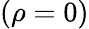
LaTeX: (\rho=0)